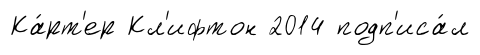
Ка́рт'ер Кл'ифтон 2014 подп'иса́л